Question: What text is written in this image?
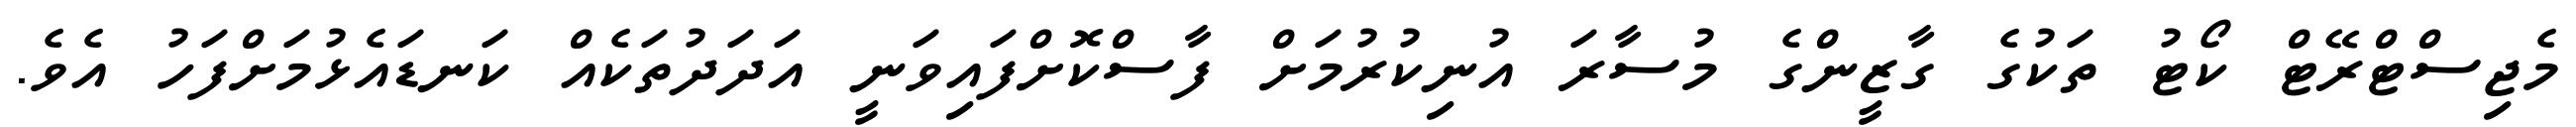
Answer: މެޖިސްޓްރޭޓް ކޯޓު ތަކުގެ ގާޒީންގެ މުސާރަ އުނިކުރުމަށް ފާސްކޮށްފައިވަނީ އަދަދުތަކެއް ކަނޑައެޅުމަށްފަހު އެވެ.